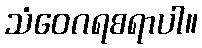
သံဝေဂရစရာပါ။